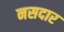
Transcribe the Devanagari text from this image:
नसदार